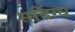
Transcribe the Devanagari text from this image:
सदिंग्ध